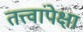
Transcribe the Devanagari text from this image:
तत्त्वांपेक्षा